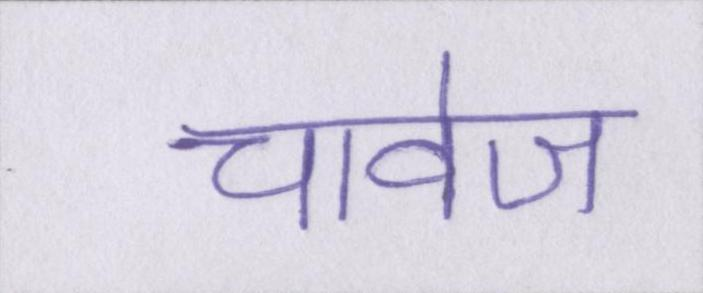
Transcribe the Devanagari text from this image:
चावेज